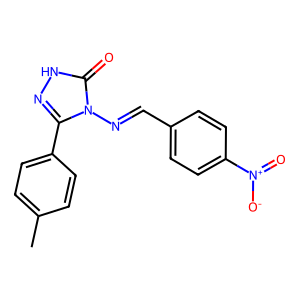
SMILES: Cc1ccc(-c2n[nH]c(=O)n2N=Cc2ccc([N+](=O)[O-])cc2)cc1
Inhibits HIV replication: No